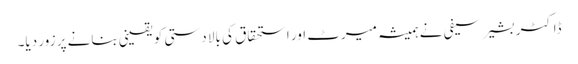
ڈاکٹر بشیر سیفی نے ہمیشہ میرٹ اور استحقاق کی بالا دستی کو یقینی بنانے پر زور دیا۔